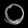
Digit: ၀